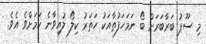
މި ސޫޕު ބަރާބަރަށް ބޯ ނަމަހަފުތާއަކު ހަތަރު ކިލޯ ލުއިވާނެ ކަމަށްވެ އެވެ.